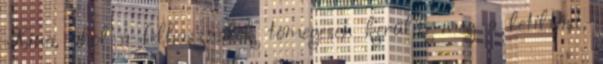
Kína, ahol a felhasználók tömegesen kerülik meg a letiltást,